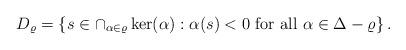
LaTeX: \begin{align*}D_{\varrho}=\left\{ s\in\cap_{\alpha\in\varrho}\ker(\alpha):\alpha(s)<0\mbox{ for all }\alpha\in \Delta-\varrho\right\} .\end{align*}